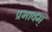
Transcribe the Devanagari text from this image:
प्रभावम्